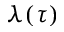
\lambda ( \tau )